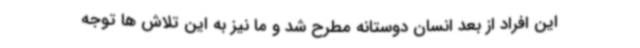
این افراد از بعد انسان دوستانه مطرح شد و ما نیز به این تلاش ها توجه